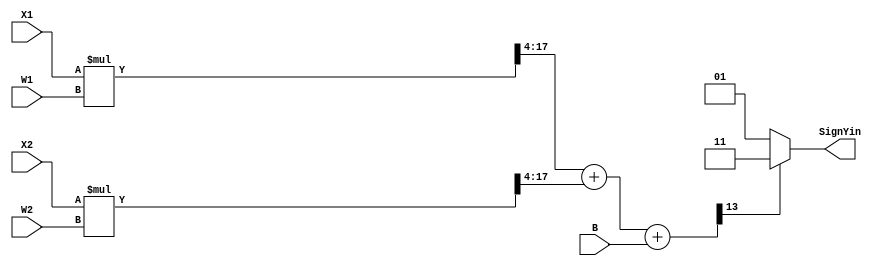
`timescale 1ns/1ns
module TesterLearningMachine( input [13:0] W1,W2,B, input [6:0]X1,X2, output[1:0] SignYin);
  wire [13:0] result;
  wire signed [13:0] w1,w2;
  wire signed [6:0] x1,x2;
  assign w1 = W1;
  assign w2 = W2;
  assign x1 = X1;
  assign x2 = X2;
  wire [27:0] mult1 , mult2;
  assign mult1 = x1 * w1;
  assign mult2 = x2 * w2;
  assign result = mult1[17:4] + mult2[17:4] + B;
  assign SignYin = result[13]? 2'b11 : 2'b01;
endmodule